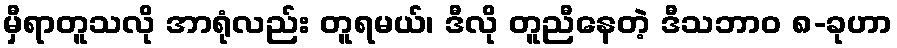
မှီရာတူသလို အာရုံလည်း တူရမယ်၊ ဒီလို တူညီနေတဲ့ ဒီသဘာဝ ၈-ခုဟာ